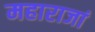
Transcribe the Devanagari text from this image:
महाराजां